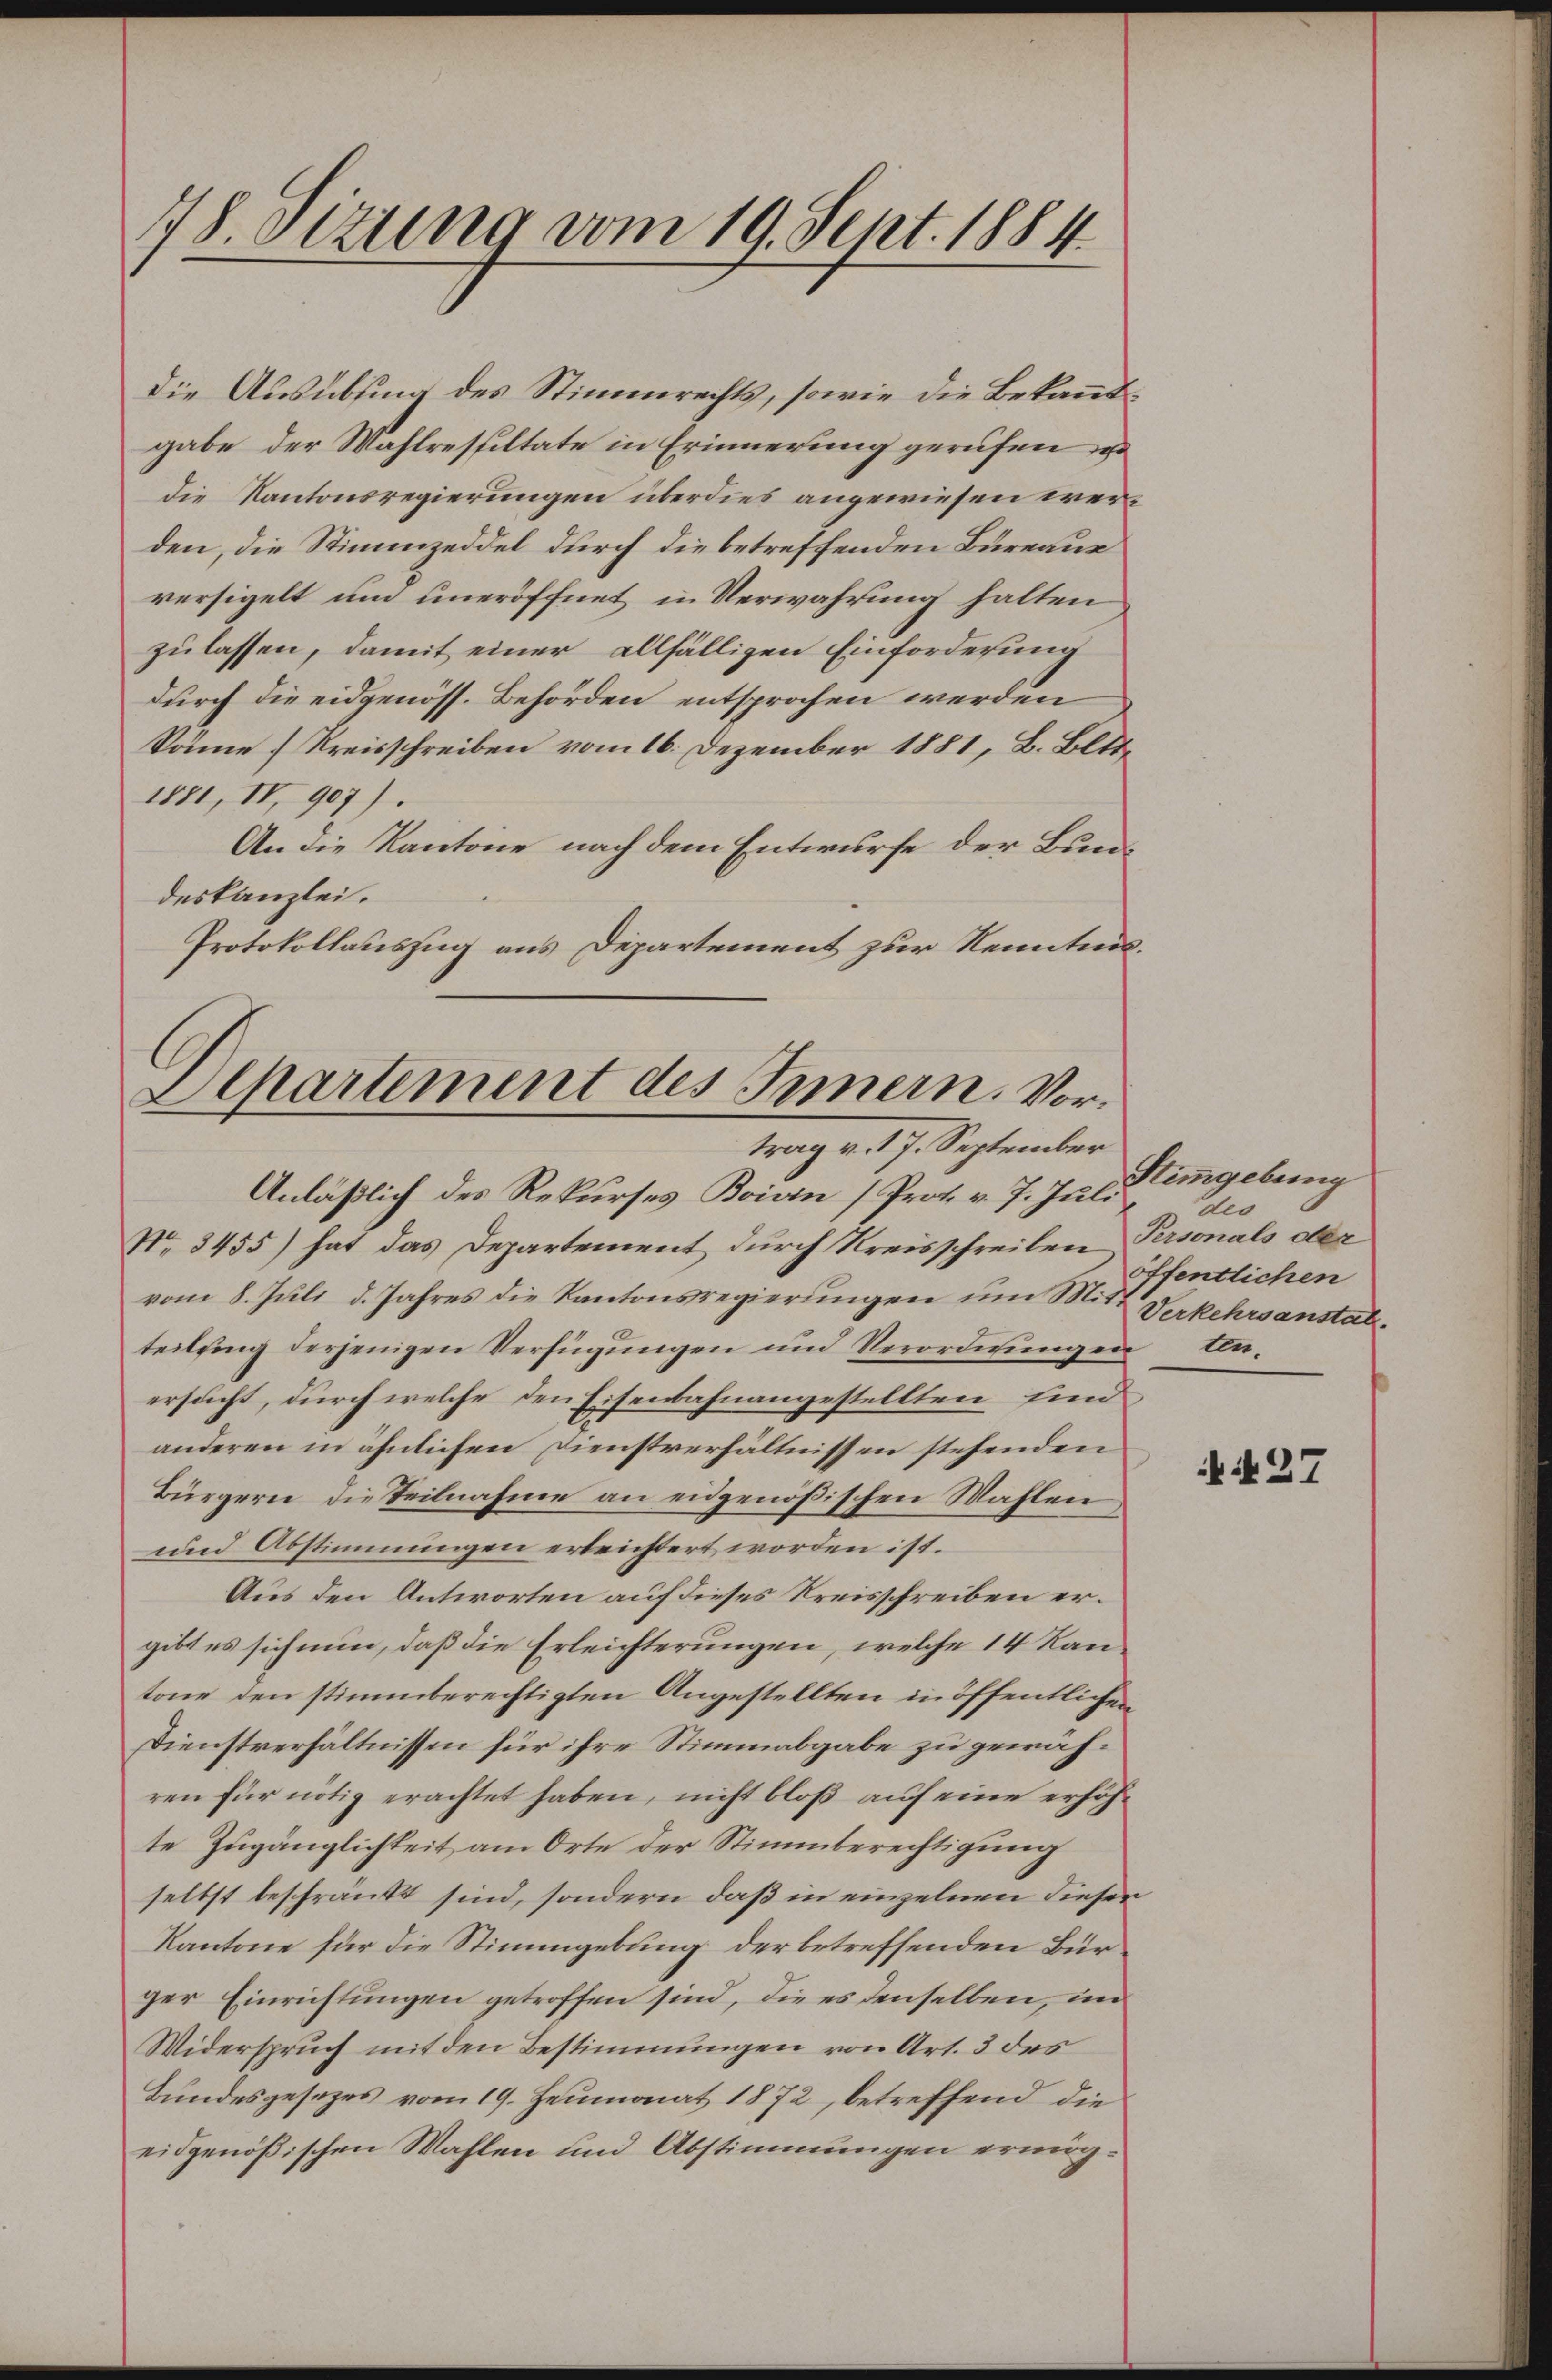
18. Ottung vom 19. Sept. 1884

die Ausübung des Stimmrechts, sowie die Bekanntgabe der Wahlresultate in Erinnerung gerufen u.
die Kantonsregierungen überdies angewiesen werden, die Stimmzeddel durch die betreffenden Bureaue
versigelt um uneröffnet in Verwahrung halten
zulassen, damit einer allfälligen Einforderung
durch die eidgenöss. Behörden entsprochen werden
könne. Kreisschreiben vom 16. Dezember 1881, B. Bltte
isi, IV 907).
An die Kantone nach dem Entwurfe der Bundeskanzlei.
Protokollauszug aus Departement zur Kenntnis¬

Departement des Innern. Vortrag d. 7. September

Anläßlich des Rekurses Boivin (Prot. v. 7. Juli
No 3455) hat das Departement durch Kreisschreiben
vom 8. Juli d. Jahres die Kantonsregierungen um Mitt Verkehrsanstalteilung derjenigen Verfügungen und Verordnungen Unersucht, durch welche den Eisenbahnangestellten, und
anderen in ähnlichen Dienstverhältnissen stehenden
Bürgern, die Teilnahme an eidgenößischen Wahlen,
und Abstimmungen erleichtert worden ist.
Aus den Antworten auf dieses Kreisschreiben ergibt es sich nun, daß die Erleichterungen, welche 14 Kantone den stimmberechtigten Angestellten in öffentlichen
Dienstverhältnissen für ihre Stimmabgabe zu gewähren für nötig erachtet haben, nicht bloß auf eine erhöhte Zugänglichkeit am Orte der Stimmberechtigung
selbst beschränkt sind, sondern daß in einzelnen diesen
Kantone für die Stimmgebung der betreffenden Bürger Einrichtungen getroffen sind, die es denselben, in
Widerspruch mit den Bestimmungen von Art. 3 des
Bundesgesetzes vom 19. Heumonat 1872, betreffend die
eidgenößischen Wahlen und Abstimmungen ermög¬

Stimmgebung
des
Personals der
öffentlichen

437